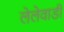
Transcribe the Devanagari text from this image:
लेलेवाडी